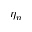
\eta _ { n }